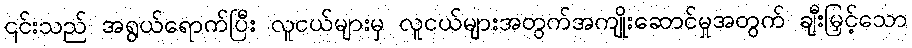
၎င်းသည် အရွယ်ရောက်ပြီး လူငယ်များမှ လူငယ်များအတွက်အကျိုးဆောင်မှုအတွက် ချီးမြှင့်သော